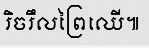
រិចរឹលព្រៃឈើ៕